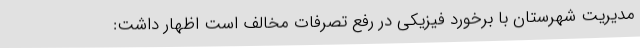
مدیریت شهرستان با برخورد فیزیکی در رفع تصرفات مخالف است اظهار داشت: